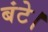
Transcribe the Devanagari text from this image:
बंटे।